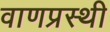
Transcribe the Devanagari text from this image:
वाणप्रस्थी